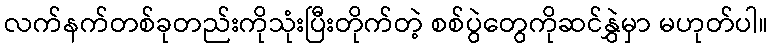
လက်နက်တစ်ခုတည်းကိုသုံးပြီးတိုက်တဲ့ စစ်ပွဲတွေကိုဆင်နွှဲမှာ မဟုတ်ပါ။